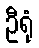
ဦရုံ